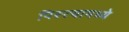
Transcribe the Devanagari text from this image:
पिस्त्यामध्ये